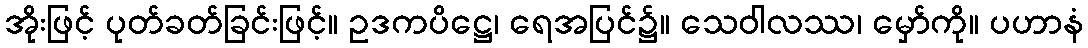
အိုးဖြင့် ပုတ်ခတ်ခြင်းဖြင့်။ ဥဒကပိဋ္ဌေ၊ ရေအပြင်၌။ သေဝါလဿ၊ မှော်ကို။ ပဟာနံ